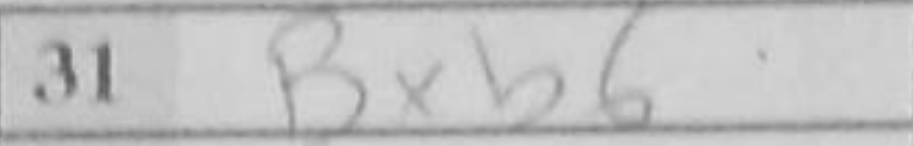
Transcription: Bxb6